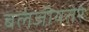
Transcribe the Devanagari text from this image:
बलंजीयतेरे